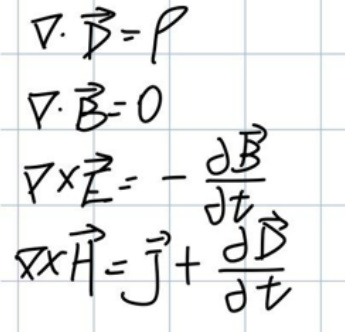
\begin{align*}
\nabla\cdot\vec{D}&=\rho\\
\nabla\cdot\vec{B}&=0\\
\nabla\times\vec{E}&=-\frac{\partial\vec{B}}{\partial t}\\
\nabla\times\vec{H}&=\vec{J}+\frac{\partial\vec{D}}{\partial t}
\end{align*}